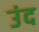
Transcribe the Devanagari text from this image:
उंद